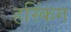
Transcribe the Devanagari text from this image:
हस्किंग